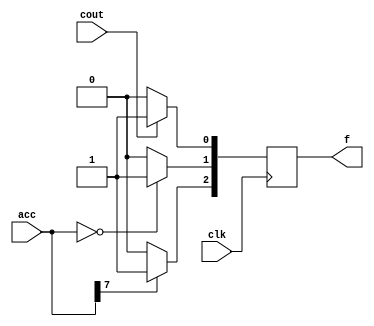
`timescale 1ns/1ps
module flag(f,cout,acc,clk);
  /* f[0] =carry,f[1] = zero,f[2]=signbit*/
  input clk;
  input cout;
  input [7:0] acc;
  output reg [2:0] f;
  always@(posedge clk)
  begin
  if(cout==1)
    begin
    f[0]=1;
  end
else
  begin
  f[0]=0;
end
  if(acc[7]==1) begin
    f[2]=1;
  end
else begin
  f[2]=0;
end
if(acc==0) begin
 f[1]=1;
end
else begin
  f[1]=0;
end
end
endmodule